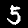
Digit: 5